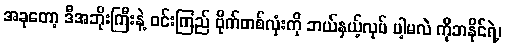
အခုတော့ ဒီအဘိုးကြီးနဲ့ ဝင်းကြည် ဗိုက်တစ်လုံးကို ဘယ်နှယ့်လုပ် ပါ့မလဲ ကိုဘနိုင်ရဲ့၊